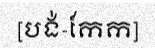
[បង់-កែក]